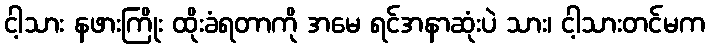
ငါ့သား နဖားကြိုး ထိုးခံရတာကို အမေ ရင်အနာဆုံးပဲ သား၊ ငါ့သားတင်မက